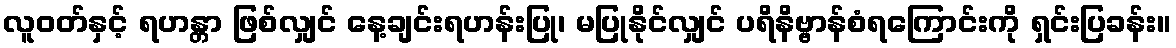
လူဝတ်နှင့် ရဟန္တာ ဖြစ်လျှင် နေ့ချင်းရဟန်းပြု၊ မပြုနိုင်လျှင် ပရိနိဗ္ဗာန်စံရကြောင်းကို ရှင်းပြခန်း။